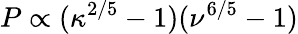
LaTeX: P\propto(\kappa^{2/5}-1)(\nu^{6/5}-1)